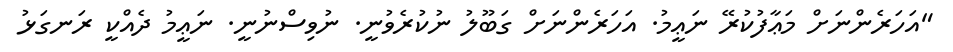
"އަހަރެންނަށް މަޢާފުކުރޭ ނަޢީމު. އަހަރެންނަށް ގަބޫލު ނުކުރެވުނީ. ނުވިސްނުނީ. ނަޢީމު ދެއްކީ ރަނގަޅު